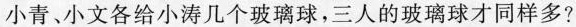
小青、小文各给小涛几个玻璃球，三人的玻璃球才同样多?